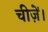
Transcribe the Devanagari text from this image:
चीज़ें।